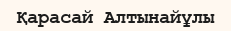
Қарасай Алтынайұлы